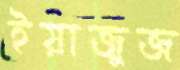
ইয়াজুজ